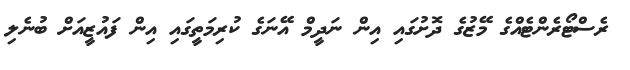
ރެސްޓޯރެންޓެއްގެ މޭޒުގެ ދޮށުގައި އިން ނަދީމް އޭނަގެ ކުރިމަތީގައި އިން ފައުޒީއަށް ބުނެލި